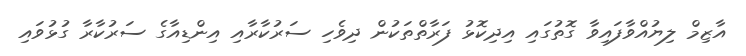
އާޒިމް ލިޔުއްވާފައިވާ ގޮތުގައި އިދިކޮޅު ފަރާތްތަކުން ދިވެހި ސަރުކާރާއި އިންޑިއާގެ ސަރުކާރާ ގުޅުވައި